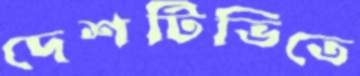
দেশটিভিতে